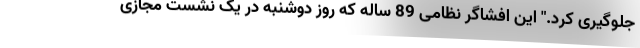
جلوگیری کرد." این افشاگر نظامی 89 ساله که روز دوشنبه در یک نشست مجازی